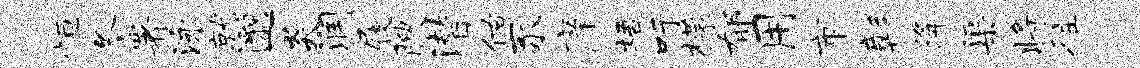
恒冬署泳就邈炎润屐腴潜佑豕庠梧吁檬郁用市彰降渠将往